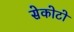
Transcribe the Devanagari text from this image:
सेकोटो